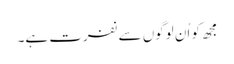
مجھ کو اُن لوگوں سے نفرت ہے۔